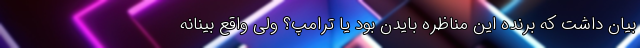
بیان داشت که برنده این مناظره بایدن بود یا ترامپ؟ ولی واقع بینانه